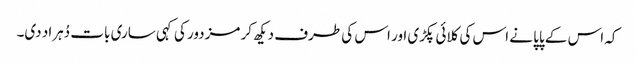
کہ اس کے پاپا نے اس کی کلائی پکڑی اور اس کی طرف دیکھ کر مزدور کی کہی ساری بات دُہراد دی۔